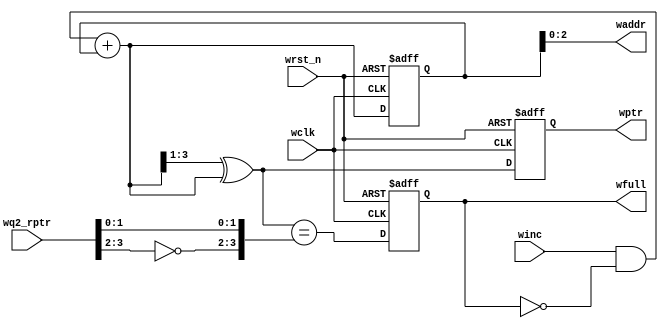
/*
   ******  write pointer &  generate full logic block ******
   by:
       Mohamed Hazem Mamdouh
       28-1-2022
       5:18 PM   
*/


////////////////////////////////////////////////////////////////////////////////////
////////////////////////////////////////////////////////////////////////////////////
///////////////// write pointer &  generate full logic module //////////////////////
////////////////////////////////////////////////////////////////////////////////////
////////////////////////////////////////////////////////////////////////////////////



module wptr_full # (parameter    ADDR = 3
                               )
(
    input  wire                          wclk,wrst_n,
    input  wire                          winc,
    input  wire    [ADDR:0]              wq2_rptr,
    output reg     [ADDR:0]              wptr,
    output reg                           wfull,
    output wire    [ADDR-1:0]            waddr
);
////////////////////////////////////////////////////////////////////////////////////
////////////////////////////////////////////////////////////////////////////////////
//////////////////////////////// internal signal ///////////////////////////////////
////////////////////////////////////////////////////////////////////////////////////
////////////////////////////////////////////////////////////////////////////////////


   wire full_flag;

   wire [ADDR:0]  wgraynext, wbinnext;

   reg  [ADDR:0]  wbin;

  always @(posedge wclk or negedge wrst_n) 
	begin
    if (!wrst_n) 
		  begin
          wfull <= 1'b0;
		  end
	  else 
          begin
          wfull <= full_flag; 
          end
    end

  always @(posedge wclk or negedge wrst_n) 
	begin
    if (!wrst_n) 
		  begin
          wptr   <= 'b0;
          wbin   <= 'b0;
		  end
	  else 
          begin
          wptr   <= wgraynext;
          wbin   <= wbinnext; 
          end
    end

    assign full_flag = (wgraynext == { ~wq2_rptr[ADDR:ADDR-1],wq2_rptr[ADDR-2:0]}) ;   // ganerate full logic

    assign wgraynext  = ((wbinnext>>1) ^ (wbinnext)) ;                          // binnary to gray

    assign wbinnext   = ((winc & ~wfull) + wbin) ;                              // increment of write pointer

    assign waddr      = wbin[ADDR-1:0] ;                                        // write address


endmodule